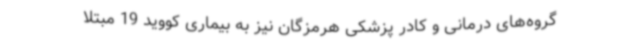
گروه‌های درمانی و کادر پزشکی هرمزگان نیز به بیماری کووید 19 مبتلا